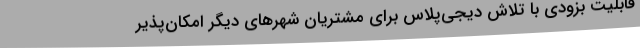
قابلیت بزودی با تلاش دیجی‌پلاس برای مشتریان شهرهای دیگر امکان‌پذیر